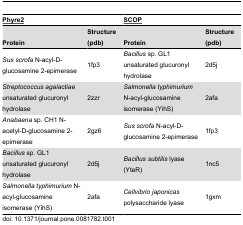
| <COLSPAN=2> <underline>Phyre2</underline> | <COLSPAN=2> <underline>SCOP</underline> |
 | Protein | Structure (pdb) | Protein | Structure (pdb) |
 | --- | --- | --- | --- |
 | Sus scrofa N-acyl-D-glucosamine 2-epimerase | 1fp3 | Bacillus sp. GL1 unsaturated glucuronyl hydrolase | 2d5j |
 | Streptococcus agalactiae unsaturated glucuronyl hydrolase | 2zzr | Salmonella typhimurium N-acyl-glucosamine isomerase (YihS) | 2afa |
 | Anabaena sp. CH1 N-acetyl-D-glucosamine 2-epimerase | 2gz6 | Sus scrofa N-acyl-D-glucosamine 2-epimerase | 1fp3 |
 | Bacillus sp. GL1 unsaturated glucuronyl hydrolase | 2d5j | Bacillus subtilis lyase (YteR) | 1nc5 |
 | Salmonella typhimurium N-acyl-glucosamine isomerase (YihS) | 2afa | Cellvibrio japonicas polysaccharide lyase | 1gxm |